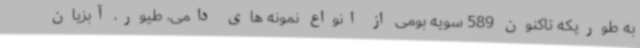
به طوریکه تاکنون 589 سویه بومی از انواع نمونه های دامی، طیور، آبزیان